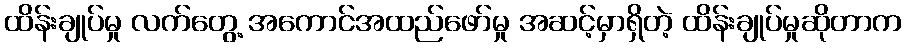
ထိန်းချုပ်မှု လက်တွေ့ အကောင်အထည်ဖော်မှု အဆင့်မှာရှိတဲ့ ထိန်းချုပ်မှုဆိုတာက